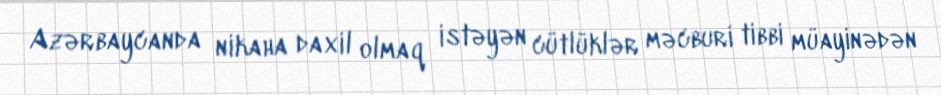
Azərbaycanda nikaha daxil olmaq istəyən cütlüklər məcburi tibbi müayinədən